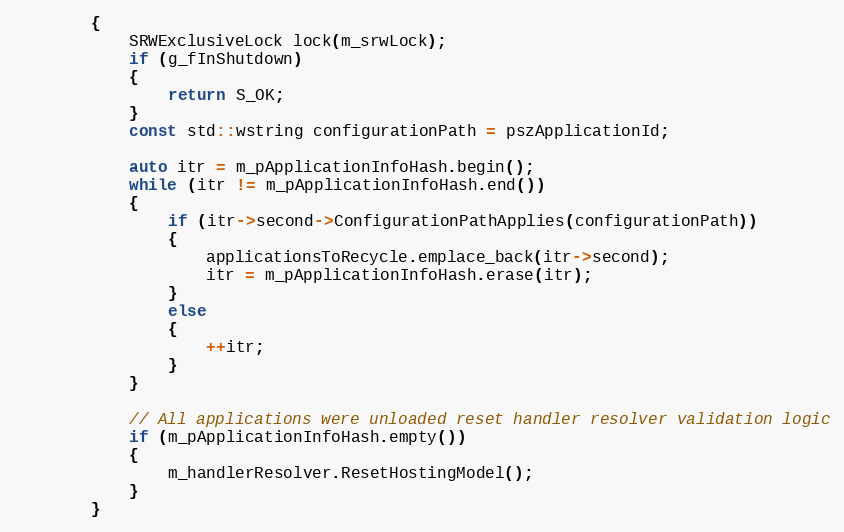
Language: C++
        {
            SRWExclusiveLock lock(m_srwLock);
            if (g_fInShutdown)
            {
                return S_OK;
            }
            const std::wstring configurationPath = pszApplicationId;

            auto itr = m_pApplicationInfoHash.begin();
            while (itr != m_pApplicationInfoHash.end())
            {
                if (itr->second->ConfigurationPathApplies(configurationPath))
                {
                    applicationsToRecycle.emplace_back(itr->second);
                    itr = m_pApplicationInfoHash.erase(itr);
                }
                else
                {
                    ++itr;
                }
            }

            // All applications were unloaded reset handler resolver validation logic
            if (m_pApplicationInfoHash.empty())
            {
                m_handlerResolver.ResetHostingModel();
            }
        }